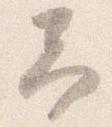
予